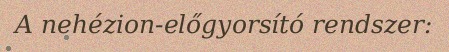
A nehézion-előgyorsító rendszer: